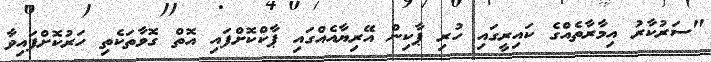
"ސަރުކާރު އިމާރާތެއްގެ ކައިރީގައި ހުރި ޕާކިން އޭރިޔާއެއްގައި ޕާކްކޮށްފައި އޮތް ގޮވާތަކެތި ހަރުކޮށްފައިވާ